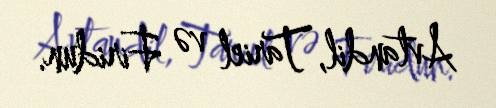
Avtandil, Tariel və Firidun.